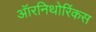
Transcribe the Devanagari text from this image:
ऑरनिथोरिंकस